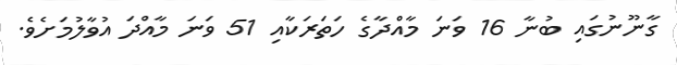
ގާނޫނުގައި ބުނާ 16 ވަނަ މާއްދާގެ ހަތަރަކާއި 51 ވަނަ މާއްދަ އުވާލުމަށެވެ.